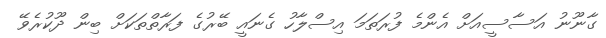
ގާނޫނު އަސާސީއަށް އެންމެ ފުރަތަމަ އިސްލާހު ގެނައީ ބޭރުގެ ފަރާތްތަކަށް ބިން ދޫކުރެވޭ